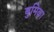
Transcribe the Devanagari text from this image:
बुमिका